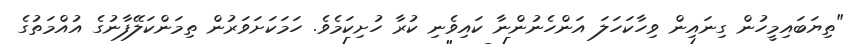
"ތިޔަބައިމީހުން ގިނައިން ވިހާކަހަލަ އަންހެނުންނާ ކައިވެނި ކުރާ ހުށިކަމެވެ. ހަމަކަށަވަރުން ތިމަންކަލޭފާނުގެ އުއްމަތުގެ